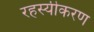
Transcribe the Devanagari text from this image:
रहस्यीकरण